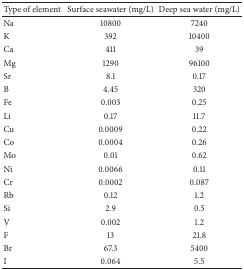
<table><thead><tr><td><b>Type of element</b></td><td><b>Surface seawater (mg/L)</b></td><td><b>Deep sea water (mg/L)</b></td></tr></thead><tbody><tr><td>Na</td><td>10800</td><td>7240</td></tr><tr><td>K</td><td>392</td><td>10400</td></tr><tr><td>Ca</td><td>411</td><td>39</td></tr><tr><td>Mg</td><td>1290</td><td>96100</td></tr><tr><td>Sr</td><td>8.1</td><td>0.17</td></tr><tr><td>B</td><td>4.45</td><td>320</td></tr><tr><td>Fe</td><td>0.003</td><td>0.25</td></tr><tr><td>Li</td><td>0.17</td><td>11.7</td></tr><tr><td>Cu</td><td>0.0009</td><td>0.22</td></tr><tr><td>Co</td><td>0.0004</td><td>0.26</td></tr><tr><td>Mo</td><td>0.01</td><td>0.62</td></tr><tr><td>Ni</td><td>0.0066</td><td>0.11</td></tr><tr><td>Cr</td><td>0.0002</td><td>0.087</td></tr><tr><td>Rb</td><td>0.12</td><td>1.2</td></tr><tr><td>Si</td><td>2.9</td><td>0.5</td></tr><tr><td>V</td><td>0.002</td><td>1.2</td></tr><tr><td>F</td><td>13</td><td>21.8</td></tr><tr><td>Br</td><td>67.3</td><td>5400</td></tr><tr><td>I</td><td>0.064</td><td>5.5</td></tr></tbody></table>